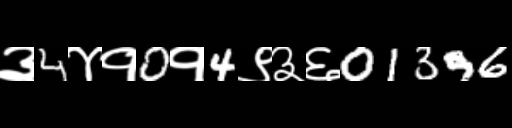
Text: ३4४१0१4९३६01396